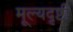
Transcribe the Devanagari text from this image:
मूल्यदृष्टी